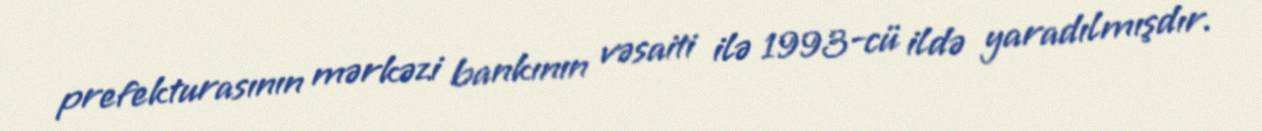
prefekturasının mərkəzi bankının vəsaiti ilə 1993-cü ildə yaradılmışdır.